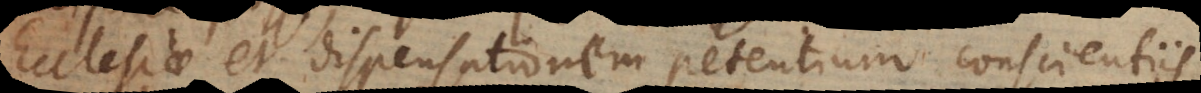
Ecclesiae et dispensationem petentium conscientiis